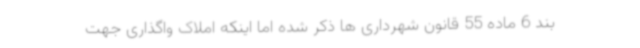
بند 6 ماده 55 قانون شهرداری ها ذکر شده اما اینکه املاک واگذاری جهت